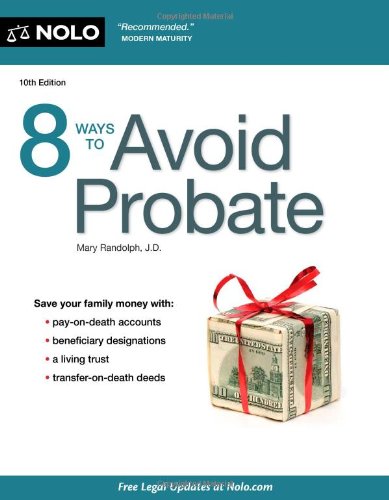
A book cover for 8 Ways to Avoid Probate; Mary Randolph; Law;